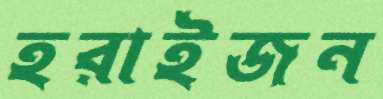
হরাইজন